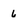
Character: 6